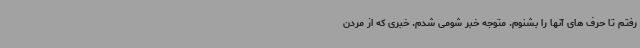
رفتم تا حرف های آنها را بشنوم. متوجه خبر شومی شدم. خبری که از مردن